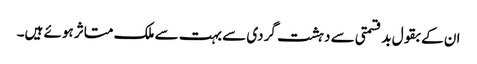
ان کے بقول بد قسمتی سے دہشت گردی سے بہت سے ملک متاثر ہوئے ہیں۔